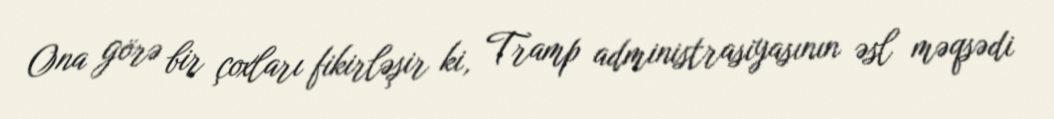
Ona görə bir çoxları fikirləşir ki, Tramp administrasiyasının əsl məqsədi